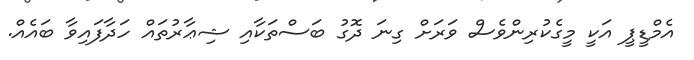
އެމްޑީޕީ އަކީ މީގެކުރިންވެސް ވަރަށް ގިނަ ދޮގު ބަސްތަކާއި ޝިޢާރުތައް ހަދާފައިވާ ބައެއް.